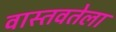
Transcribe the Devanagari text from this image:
वास्तवतेला